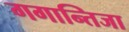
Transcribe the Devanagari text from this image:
गगान्तिजा